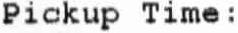
PICKUP TIME: